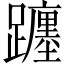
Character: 躔